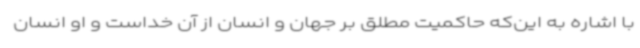
با اشاره به این‌که حاکمیت مطلق بر جهان و انسان از آن خداست و او انسان